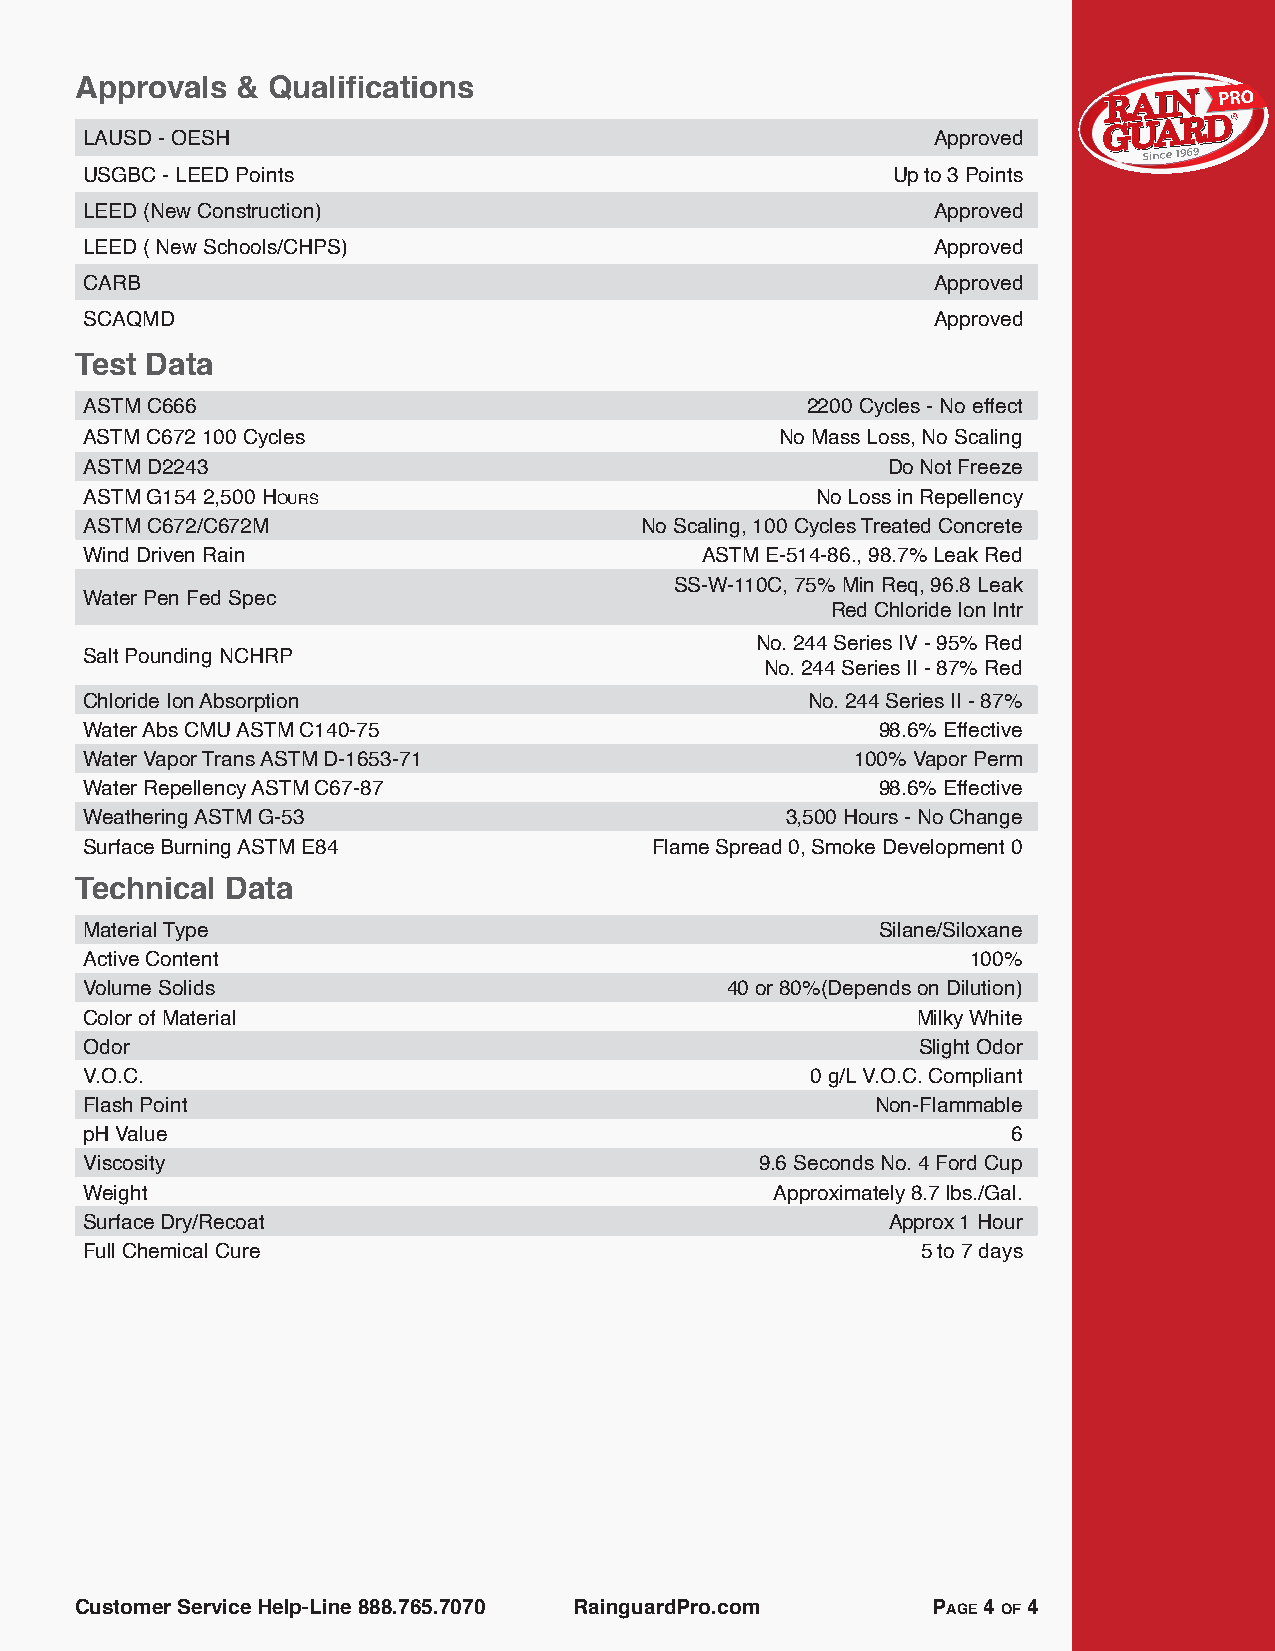
Approvals  & Qualifications
 LAUSD - OESH                                            Approved
 USGBC - LEED Points                                  Up to 3 Points
 LEED (New Construction)                                 Approved
 LEED ( New Schools/CHPS)                                Approved
 CARB                                                    Approved
 SCAQMD                                                  Approved
 Test Data
 astM c666                                      2200 Cycles - No effect
 ASTM C672 100 Cycles                          No Mass Loss, No Scaling
 astM d2243                                           Do Not Freeze
 astM G154 2,500 hours                           No Loss in Repellency
 astM c672/c672M                     No Scaling, 100 Cycles Treated Concrete
 Wind Driven Rain                        ASTM E-514-86., 98.7% Leak Red
 SS-W-110C, 75% Min Req, 96.8 Leak
 Water Pen Fed Spec
 Red Chloride Ion Intr
 No. 244 Series IV - 95% Red
 Salt Pounding NCHRP
 No. 244 Series II - 87% Red
 Chloride Ion Absorption                        No. 244 Series II - 87%
 Water Abs CMU ASTM C140-75                          98.6% Effective
 Water Vapor Trans ASTM D-1653-71                   100% Vapor Perm
 Water Repellency ASTM C67-87                        98.6% Effective
 Weathering ASTM G-53                          3,500 Hours - No Change
 Surface Burning ASTM E84             Flame Spread 0, Smoke Development 0
 Technical Data
 Material Type                                       Silane/Siloxane
 Active Content                                            100%
 Volume Solids                             40 or 80%(Depends on Dilution)
 Color of Material                                      Milky White
 Odor                                                   Slight Odor
 V.O.C.                                          0 g/L V.O.C. Compliant
 Flash Point                                         Non-Flammable
 pH Value                                                     6
 Viscosity                                   9.6 Seconds No. 4 Ford Cup
 Weight                                       Approximately 8.7 lbs./Gal.
 Surface Dry/Recoat                                   Approx 1 Hour
 Full Chemical Cure                                     5 to 7 days
 Customer Service Help-Line 888.765.7070 RainguardPro.com Page 4 of 4